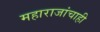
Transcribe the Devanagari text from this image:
महाराजांचाही